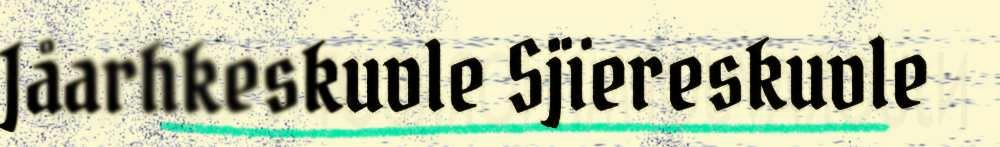
Jåarhkeskuvle Sjïereskuvle